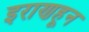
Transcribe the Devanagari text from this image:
इराणहून